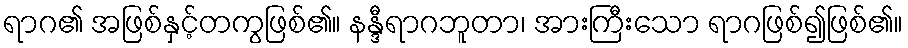
ရာဂ၏ အဖြစ်နှင့်တကွဖြစ်၏။ နန္ဒီရာဂဘူတာ၊ အားကြီးသော ရာဂဖြစ်၍ဖြစ်၏။